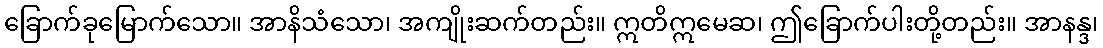
ခြောက်ခုမြောက်သော။ အာနိသံသော၊ အကျိုးဆက်တည်း။ ဣတိဣမေဆ၊ ဤခြောက်ပါးတို့တည်း။ အာနန္ဒ၊